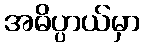
အဓိပ္ပာယ်မှာ